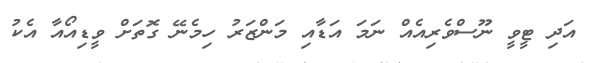
އަދި ޓީވީ ނޫސްވެރިއެއް ނަމަ އަޑާއި މަންޒަރު ހިމެނޭ ގޮތަށް ވީޑިއޯއާ އެކު